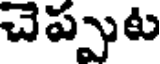
చెప్పుట